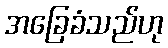
အခြေခံသည်ဟု